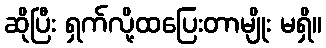
ဆိုပြီး ရှက်လို့ထပြေးတာမျိုး မရှိ။